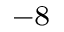
^ { - 8 }